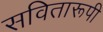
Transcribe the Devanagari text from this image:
सवितारूपी